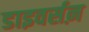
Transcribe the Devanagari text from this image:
डाइवर्सऩ